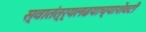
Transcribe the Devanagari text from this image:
स्वातंत्र्यलढयाच्याशेवटी